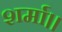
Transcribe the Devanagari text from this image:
शर्मा।।